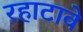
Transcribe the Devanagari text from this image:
रहाटावे